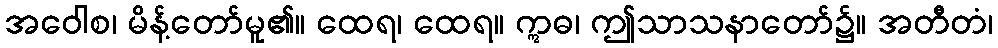
အဝေါစ၊ မိန့်တော်မူ၏။ ထေရ၊ ထေရ။ ဣဓ၊ ဤသာသနာတော်၌။ အတီတံ၊